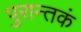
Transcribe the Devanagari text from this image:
पुरान्तकं